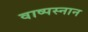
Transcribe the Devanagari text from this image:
वाष्पस्नान